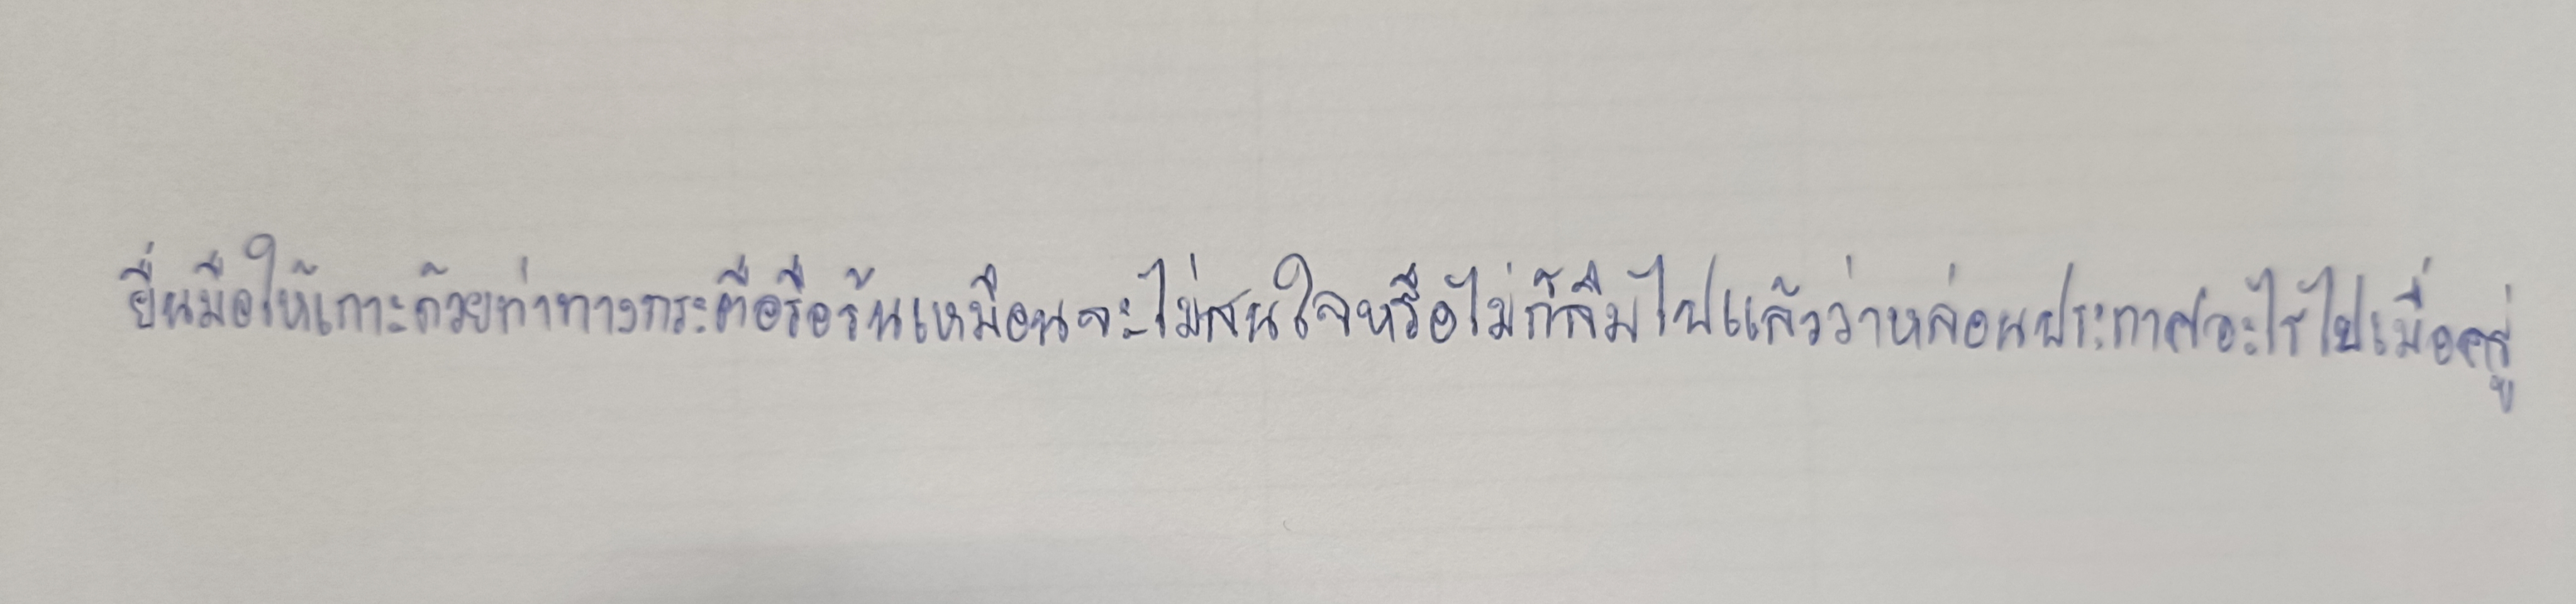
ยื่นมือให้เกาะด้วยท่าทางกระตือรือร้นเหมือนจะไม่สนใจหรือไม่ก็ลืมไปแล้วว่าหล่อนประกาศอะไรไปเมื่อครู่